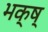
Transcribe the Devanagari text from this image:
भक्ष्